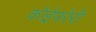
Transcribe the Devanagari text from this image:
कोईफोरी